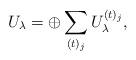
LaTeX: \begin{align*}U_{\lambda} = \oplus\sum_{(t)_{j}} U_\lambda^{(t)_{j}},\end{align*}